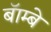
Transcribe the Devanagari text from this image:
बॅाम्बे